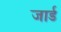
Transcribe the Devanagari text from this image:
जार्ड